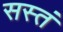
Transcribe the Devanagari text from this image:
सस्तं